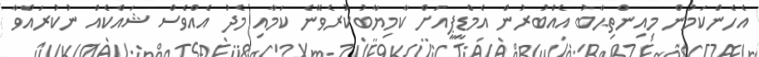
އެހެންކަމުން މިއިންތިޙާބު އެއްބުރުން އެމްޑީޕީއަށް ކާމިޔާބުކުރެވޭނެ ކަމާއި މެދު އެއްވެސް ޝައްކެއް ނުކުރައްވާ